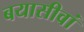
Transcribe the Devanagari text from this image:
बयासीवां